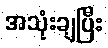
အသုံးချပြီး